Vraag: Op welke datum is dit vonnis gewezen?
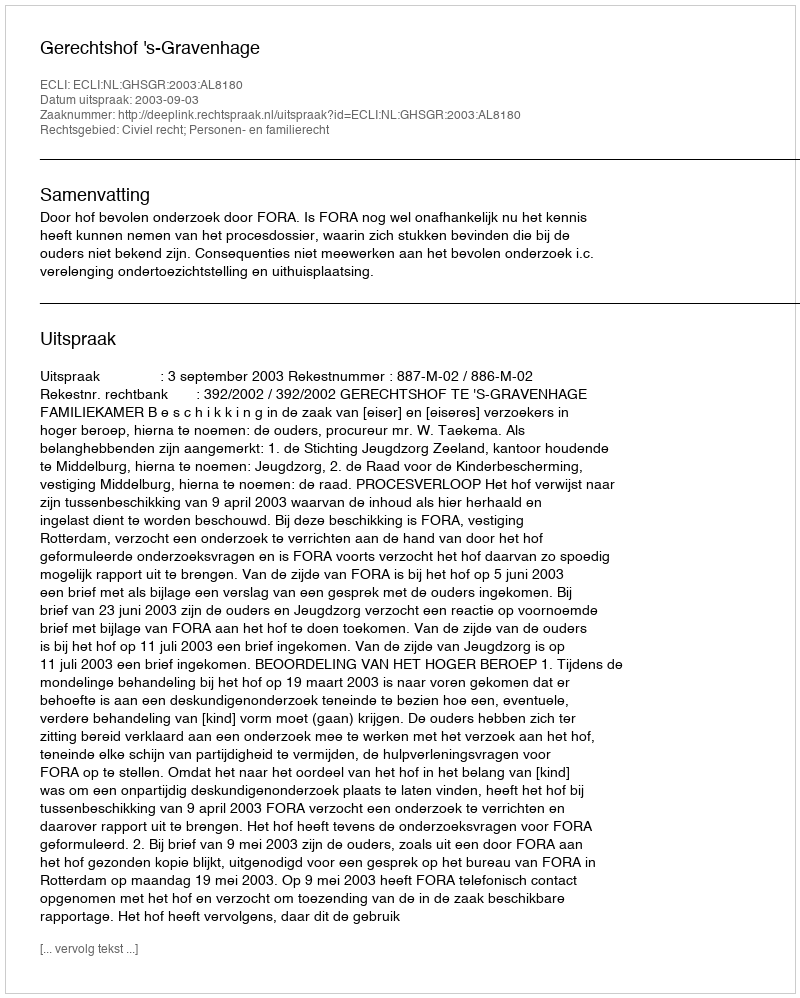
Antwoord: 2003-09-03